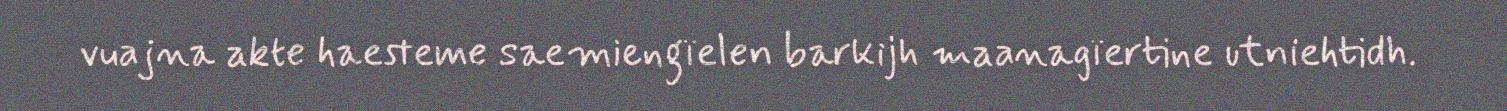
vuajna akte haesteme saemiengïelen barkijh maanagïertine utniehtidh.